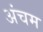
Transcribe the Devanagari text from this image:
अंचम